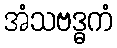
အံသဗဒ္ဓကံ